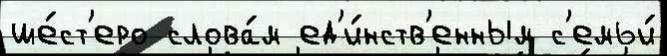
ше́ст'еро слова́м ед'и́нств'енным с'емьи́